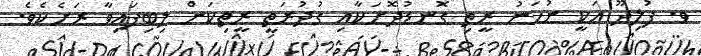
ވ. ފުލިދޫ އަކީ ނުހަނު ރީތި ގޮނޑުދޮށަކާއި ގުދުރަތީ ރީތިކަން ލިބިފައިވާ ރަށެކެވެ.